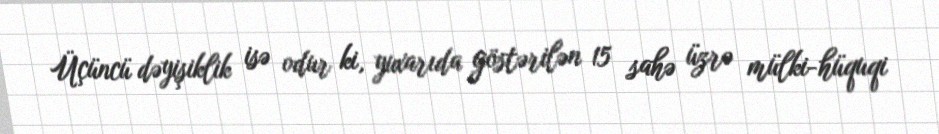
Üçüncü dəyişiklik isə odur ki, yuxarıda göstərilən 15 sahə üzrə mülki-hüquqi